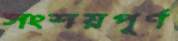
সংশয়পূর্ণ